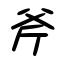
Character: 斧